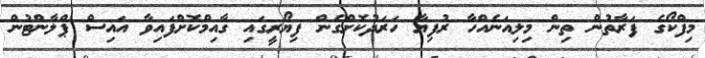
މިފްކޯގެ ފަރާތުން ތިން މިލިއަނެއްހާ ރުފިޔާ ހަރަދުކޮށްގެން ފިޔޯރީގައި ގާއިމްކޮށްފައިވާ އައިސް ޕްލާންޓުން